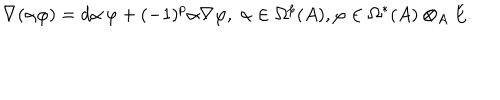
LaTeX: \nabla ( \alpha \varphi ) = d \alpha \, \varphi + ( - 1 ) ^ { p } \alpha \nabla \varphi , \; \alpha \in \Omega ^ { p } ( A ) , \varphi \in \Omega ^ { * } ( A ) \otimes _ { A } E .